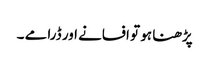
پڑھنا ہو تو افسانے اور ڈرامے ۔